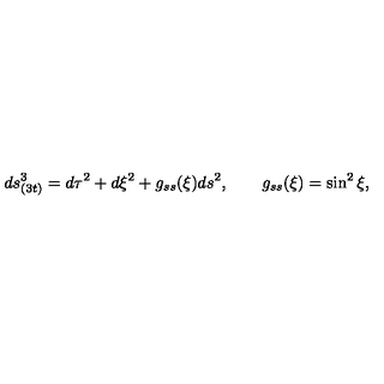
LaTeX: d s _ { ( 3 t ) } ^ { 3 } = d \tau ^ { 2 } + d \xi ^ { 2 } + g _ { s s } ( \xi ) d s ^ { 2 } , \qquad g _ { s s } ( \xi ) = \sin ^ { 2 } \xi ,